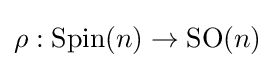
\rho :\operatorname {Spin} (n)\rightarrow \operatorname {SO} (n)